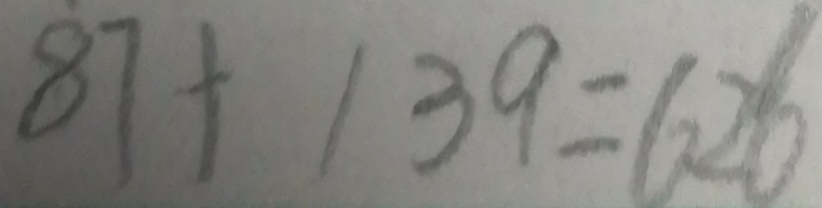
8 7 + 1 3 9 = 6 2 6